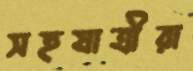
সহযাত্রীরা